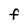
Character: F